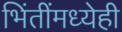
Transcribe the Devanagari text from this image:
भिंतींमध्येही